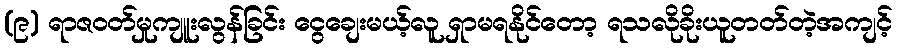
(၉) ရာဇဝတ်မှုကျူးလွန်ခြင်း ငွေချေးမယ့်လူ ရှာမရနိုင်တော့ ရသလိုခိုးယူတတ်တဲ့အကျင့်